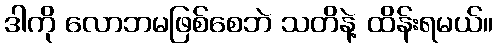
ဒါကို လောဘမဖြစ်စေဘဲ သတိနဲ့ ထိန်းရမယ်။